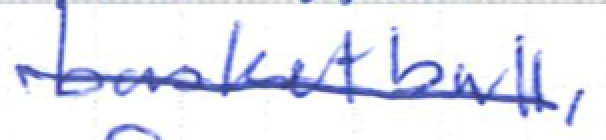
Text: basketball,
Cross-out: single-line
Writing tool: ballpoint